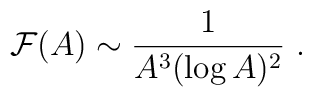
{\cal F} (A) \sim {1 \over A^3 (\log A)^2} \ .